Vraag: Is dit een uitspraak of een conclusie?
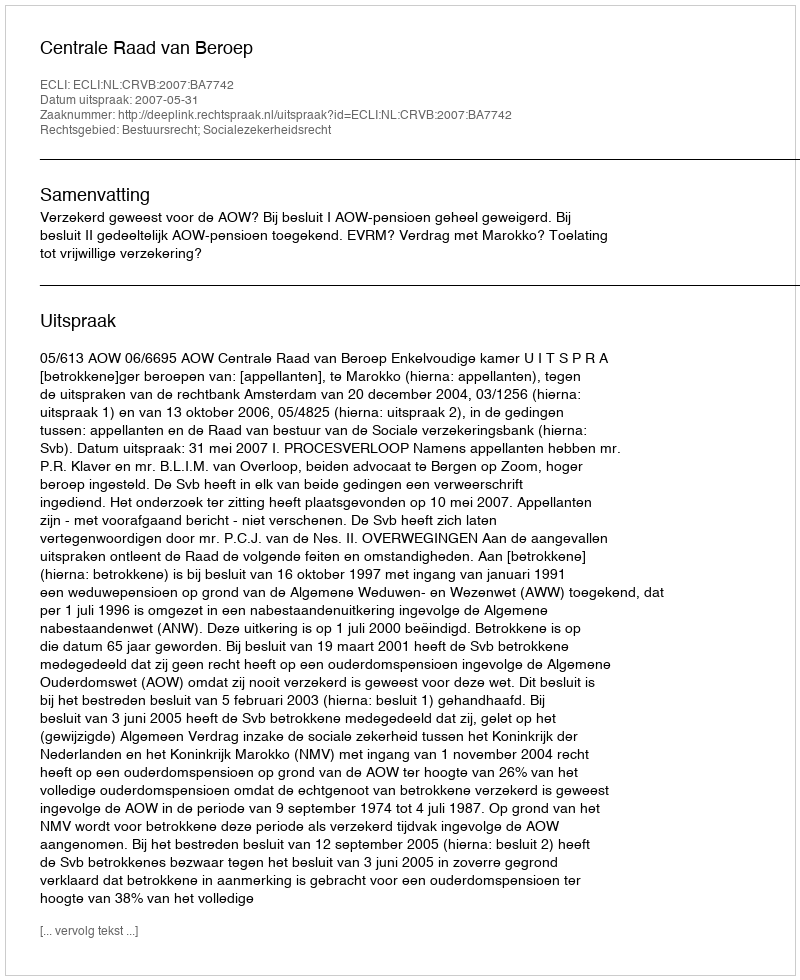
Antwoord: Uitspraak